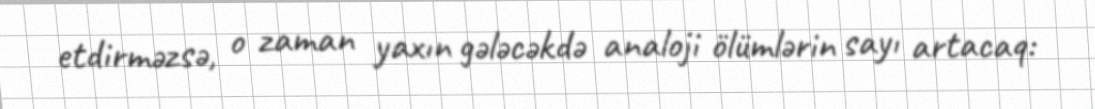
etdirməzsə, o zaman yaxın gələcəkdə analoji ölümlərin sayı artacaq: